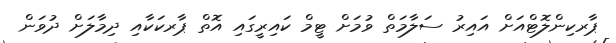
ޕާރކިންލޮޓްއަށް އައިރު ސަލާމަތް ވުމަށް ޓީމް ކައިރީގައި އޮތް ޕާރކަކާއި ދިމާލަށް ދުވަން